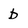
Character: b